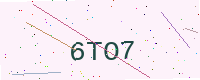
Text: 6TO7